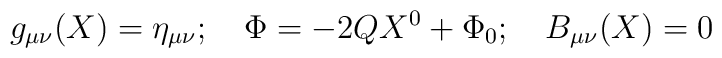
g_{\mu\nu}(X)=\eta_{\mu\nu};\quad \Phi=-2QX^0+\Phi_0;\quad B_{\mu\nu}(X)=0